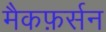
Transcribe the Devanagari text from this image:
मैकफ़र्सन